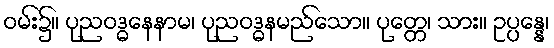
ဝမ်း၌။ ပုညဝဒ္ဓနေနာမ၊ ပုညဝဒ္ဓနမည်သော။ ပုတ္တေ၊ သား။ ဥပ္ပန္နေ၊